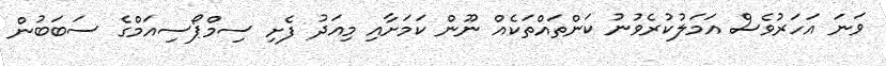
ވަނަ އަހަރުވެސް އަމަލުކުރެވުނު ކަންތައްތަކެއް ނޫން ކަމަށާއި މިއަދު ފެށި ސިމްޕޯސިއަމްގެ ސަބަބުން